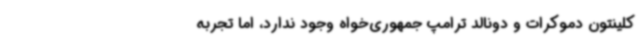
کلینتون دموکرات و دونالد ترامپ جمهوری‌خواه وجود ندارد، اما تجربه